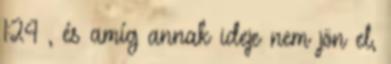
1:24 , és amíg annak ideje nem jön el,